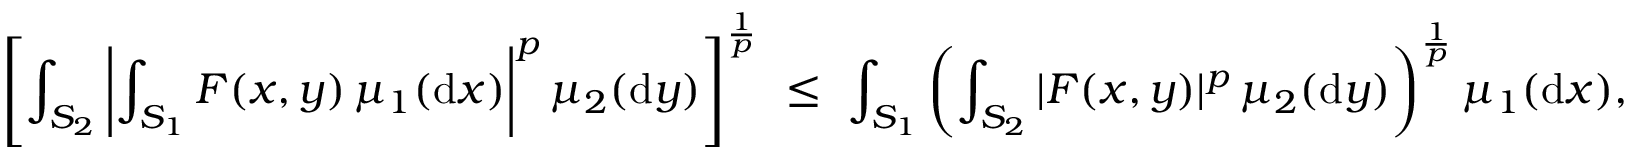
\left[ \int _ { S _ { 2 } } \left| \int _ { S _ { 1 } } F ( x , y ) \, \mu _ { 1 } ( \mathrm { d } x ) \right| ^ { p } \mu _ { 2 } ( \mathrm { d } y ) \right] ^ { \frac { 1 } { p } } ~ \leq ~ \int _ { S _ { 1 } } \left( \int _ { S _ { 2 } } | F ( x , y ) | ^ { p } \, \mu _ { 2 } ( \mathrm { d } y ) \right) ^ { \frac { 1 } { p } } \mu _ { 1 } ( \mathrm { d } x ) ,